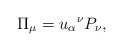
\begin{align*}\Pi _{\mu }=u_{\alpha }\hspace{0.1 mm}^{\nu }P_{\nu }, \end{align*}